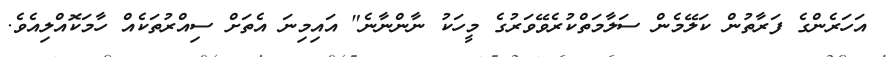
އަހަރެންގެ ފަރާތުން ކަލޭމެން ސަލާމަތްކުރެވޭވަރުގެ މީހަކު ނާންނާނެ" އައިމިނަ އެތަށް ސިއްރުތަކެއް ހާމަކޮއްލިއެވެ.